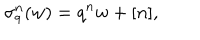
LaTeX: \sigma _ { q } ^ { n } ( w ) = q ^ { n } w + [ n ] ,